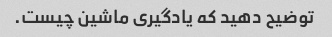
توضیح دهید که یادگیری ماشین چیست.